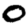
Digit: 0